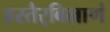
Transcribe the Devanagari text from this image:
हस्तैर्‌बिभ्राणं